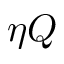
\eta Q